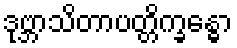
ဒုဗ္ဘာသိတာပတ္တိက္ခန္ဓော